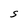
Character: S